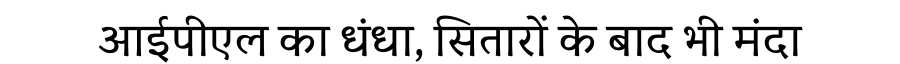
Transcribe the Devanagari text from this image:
आईपीएल का धंधा, सितारों के बाद भी मंदा